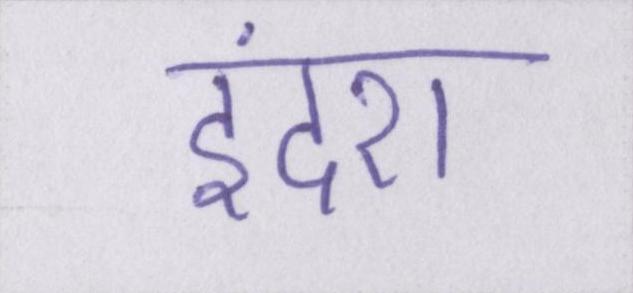
इंदरा